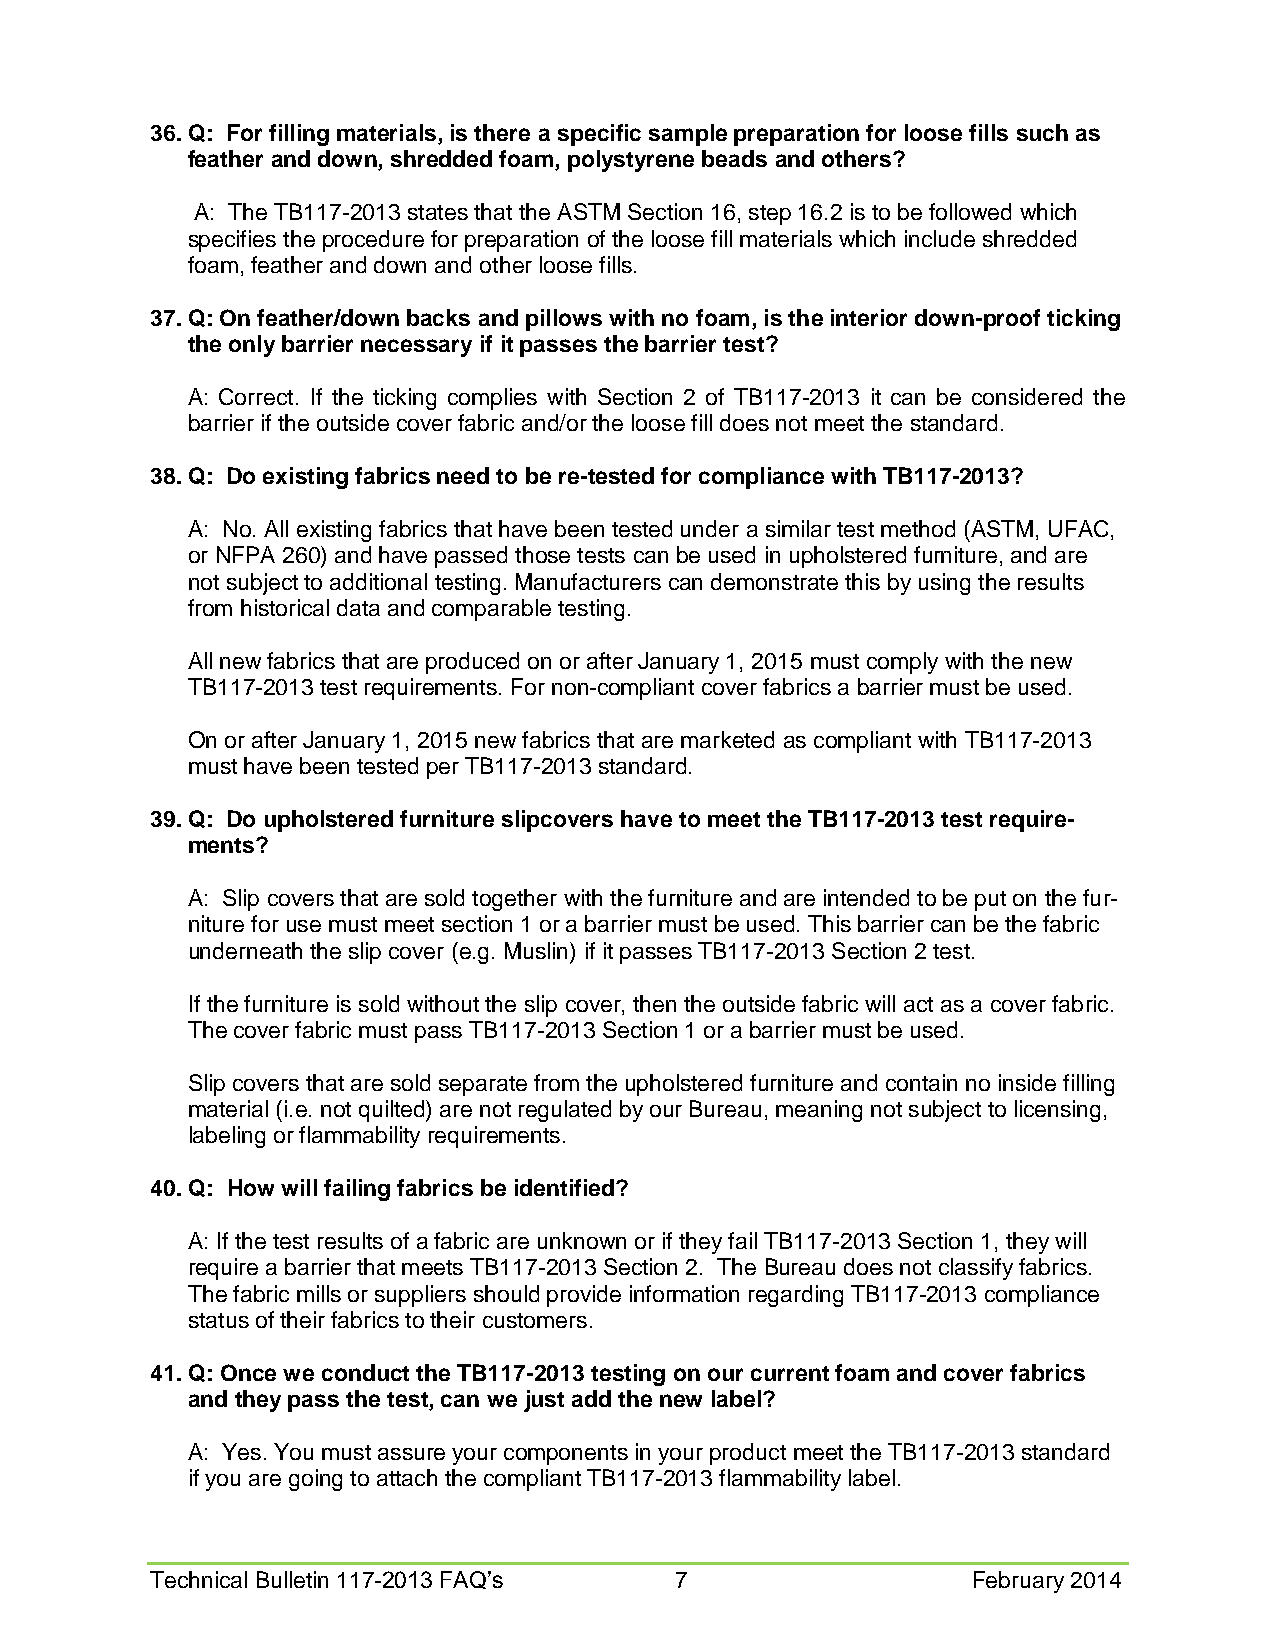
36. Q: For filling materials, is there a specific sample preparation for loose fills such as
 feather and down, shredded foam, polystyrene beads and others?
 A: The TB117-2013 states that the ASTM Section 16, step 16.2 is to be followed which
 specifies the procedure for preparation of the loose fill materials which include shredded
 foam, feather and down and other loose fills.
 37. Q: On feather/down backs and pillows with no foam, is the interior down-proof ticking
 the only barrier necessary if it passes the barrier test?
 A: Correct. If the ticking complies with Section 2 of TB117-2013 it can be considered the
 barrier if the outside cover fabric and/or the loose fill does not meet the standard.
 38. Q: Do existing fabrics need to be re-tested for compliance with TB117-2013?
 A: No. All existing fabrics that have been tested under a similar test method (ASTM, UFAC,
 or NFPA 260) and have passed those tests can be used in upholstered furniture, and are
 not subject to additional testing. Manufacturers can demonstrate this by using the results
 from historical data and comparable testing.
 All new fabrics that are produced on or after January 1, 2015 must comply with the new
 TB117-2013 test requirements. For non-compliant cover fabrics a barrier must be used.
 On or after January 1, 2015 new fabrics that are marketed as compliant with TB117-2013
 must have been tested per TB117-2013 standard.
 39. Q: Do upholstered furniture slipcovers have to meet the TB117-2013 test require-
 ments?
 A: Slip covers that are sold together with the furniture and are intended to be put on the fur-
 niture for use must meet section 1 or a barrier must be used. This barrier can be the fabric
 underneath the slip cover (e.g. Muslin) if it passes TB117-2013 Section 2 test.
 If the furniture is sold without the slip cover, then the outside fabric will act as a cover fabric.
 The cover fabric must pass TB117-2013 Section 1 or a barrier must be used.
 Slip covers that are sold separate from the upholstered furniture and contain no inside filling
 material (i.e. not quilted) are not regulated by our Bureau, meaning not subject to licensing,
 labeling or flammability requirements.
 40. Q: How will failing fabrics be identified?
 A: If the test results of a fabric are unknown or if they fail TB117-2013 Section 1, they will
 require a barrier that meets TB117-2013 Section 2. The Bureau does not classify fabrics.
 The fabric mills or suppliers should provide information regarding TB117-2013 compliance
 status of their fabrics to their customers.
 41. Q: Once we conduct the TB117-2013 testing on our current foam and cover fabrics
 and they pass the test, can we just add the new label?
 A: Yes. You must assure your components in your product meet the TB117-2013 standard
 if you are going to attach the compliant TB117-2013 flammability label.
 Technical Bulletin 117-2013 FAQ’s  7                  February 2014